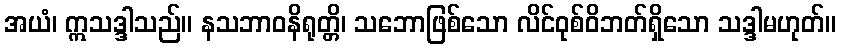
အယံ၊ ဣသဒ္ဒါသည်။ နသဘာဝနိရုတ္တိ၊ သဘောဖြစ်သော လိင်ဝုစ်ဝိဘတ်ရှိသော သဒ္ဒါမဟုတ်။